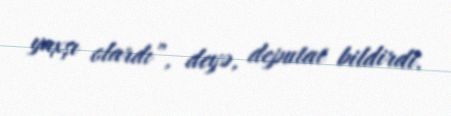
yaxşı olardı”, deyə, deputat bildirdi.